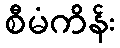
စီမံကိန်း